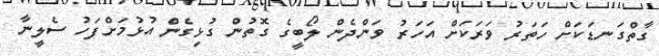
ގާތްގަނޑަކަށް ހަތަރު ވަރަކަށް އަހަރު ވަންދެން ލޯބީގެ ގޮތުން ގުޅިގެން އުޅުމަށްފަހު ސެލީނާ